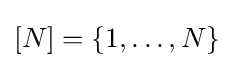
[N]=\{1,\ldots ,N\}